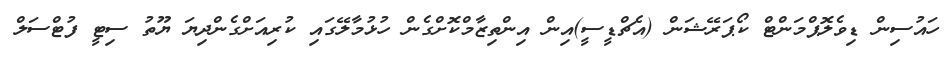
ހައުސިން ޑިވެލޮޕްމަންޓް ކޯޕަރޭޝަން (އެޗްޑީސީ)އިން އިންތިޒާމްކޮށްގެން ހުޅުމާލޭގައި ކުރިއަށްގެންދިޔަ ޔޫތު ސިޓީ ފުޓްސަލް